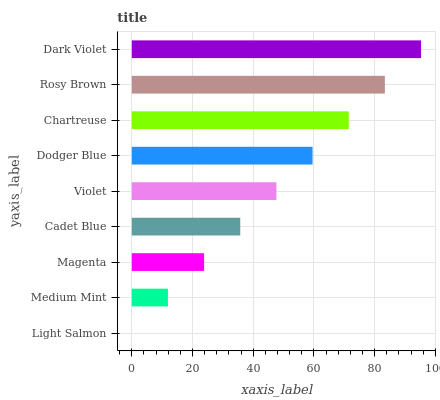
| yaxis_label | bars |
 | --- | --- |
 | Light Salmon | 0 |
 | Medium Mint | 11.9 |
 | Magenta | 23.8 |
 | Cadet Blue | 35.7 |
 | Violet | 47.6 |
 | Dodger Blue | 59.5 |
 | Chartreuse | 71.4 |
 | Rosy Brown | 83.4 |
 | Dark Violet | 95.3 |